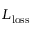
L _ { \mathrm { l o s s } }